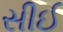
સીઈ